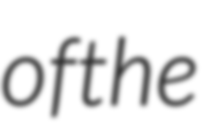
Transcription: of the